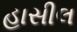
હાસીલ